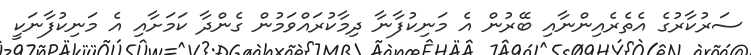
ސަރުކާރުގެ އެތެރެއިންނާއި ބޭރުން އެ މަނިކުފާނާ ދިމާކުރައްވަމުން ގެންދާ ކަމަށާއި އެ މަނިކުފާނަކީ